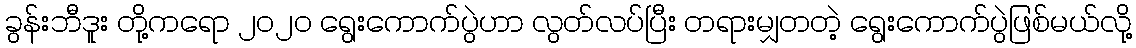
ခွန်းဘီဒူး တို့ကရော ၂၀၂၀ ရွေးကောက်ပွဲဟာ လွတ်လပ်ပြီး တရားမျှတတဲ့ ရွေးကောက်ပွဲဖြစ်မယ်လို့